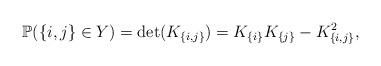
LaTeX: \begin{align*}\mathbb{P}( \{i,j\} \in Y) = \det(K_{\{i,j\}}) = K_{\{i\}} K_{\{j\}} - K^2_{\{i,j\}},\end{align*}